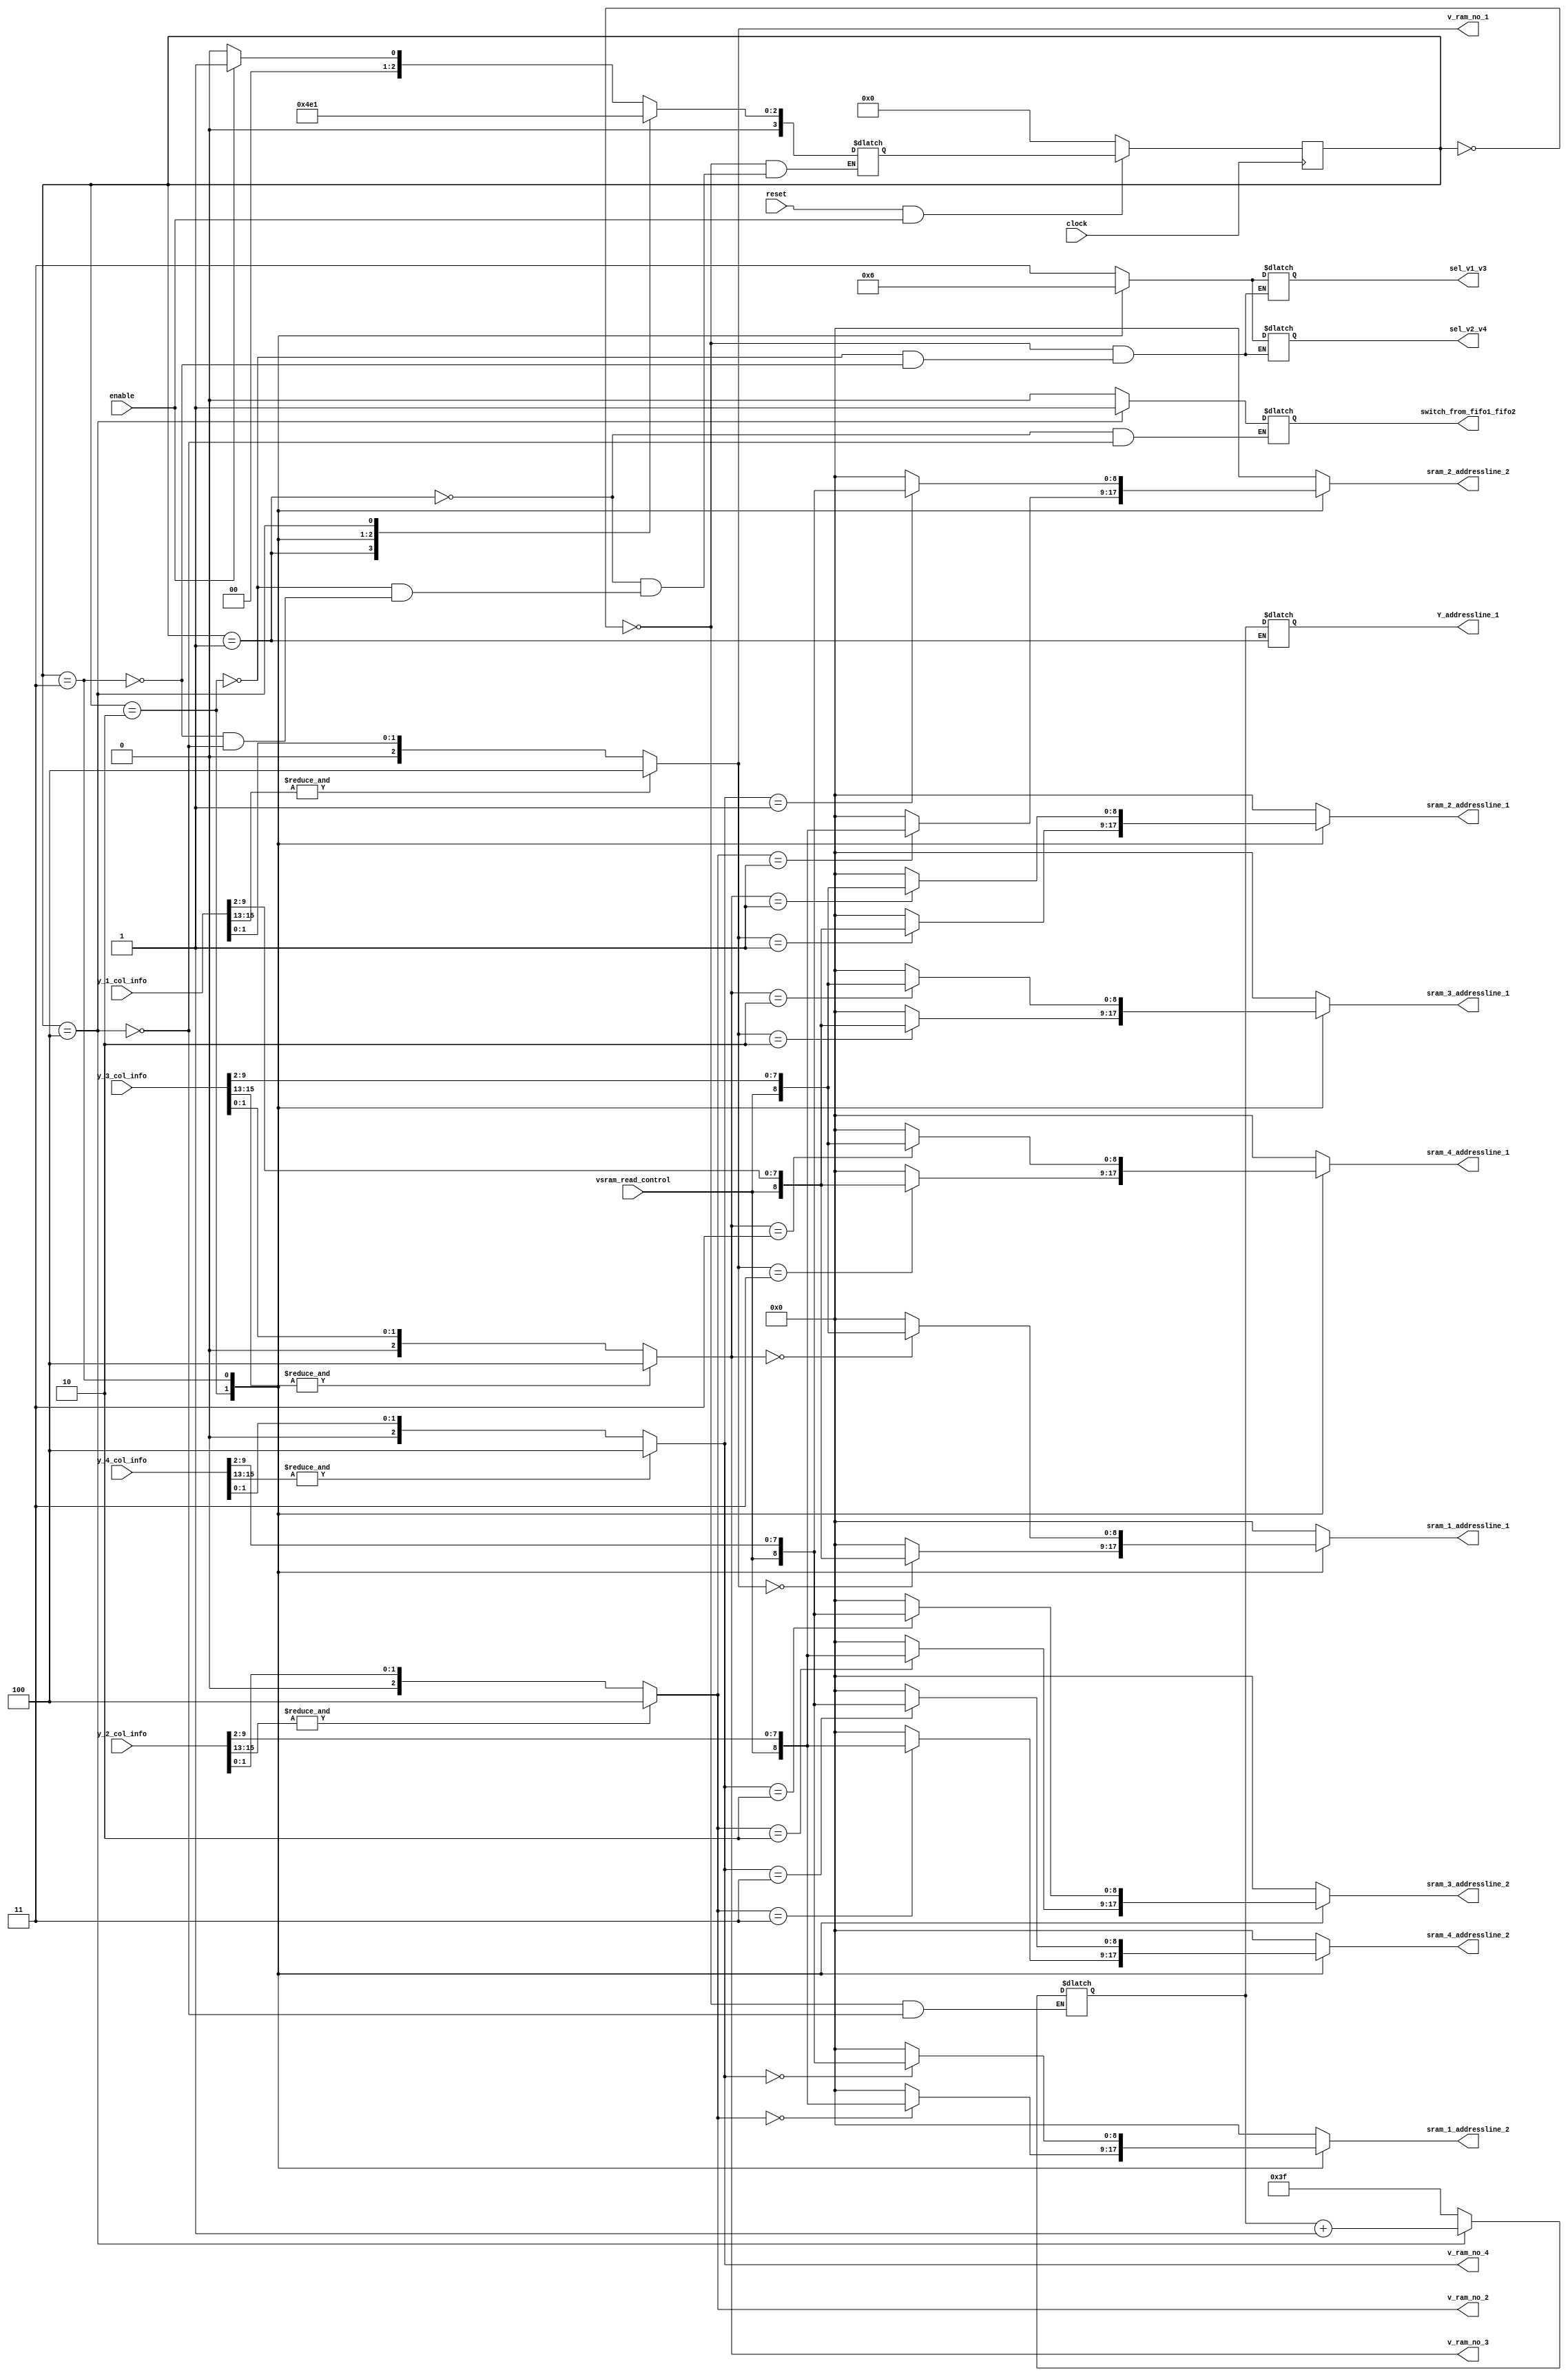
module yv_control(y_1_col_info,y_2_col_info,y_3_col_info,y_4_col_info,
	     sram_1_addressline_1,sram_1_addressline_2,
	     sram_2_addressline_1,sram_2_addressline_2,
	     sram_3_addressline_1,sram_3_addressline_2,
	     sram_4_addressline_1,sram_4_addressline_2,
	     Y_addressline_1,
	     v_ram_no_1, v_ram_no_2, v_ram_no_3, v_ram_no_4,
	      switch_from_fifo1_fifo2,sel_v1_v3,sel_v2_v4,
	    reset,enable,clock,vsram_read_control);	

	

//input [2:0] v_ram_no_1, v_ram_no_2, v_ram_no_3, v_ram_no_4;
//input [ :0] v_column_1, v_column_2, v_column_3, v_column_4,
input clock,reset,enable;
reg [3:0] current_state,next_state;
output reg [ 8:0] sram_1_addressline_1,sram_1_addressline_2,
	     sram_2_addressline_1,sram_2_addressline_2,
	     sram_3_addressline_1,sram_3_addressline_2,
	     sram_4_addressline_1,sram_4_addressline_2;
output reg [10:0] Y_addressline_1;
output reg [1:0] sel_v1_v3,sel_v2_v4;
reg [8:0] address_line_1,address_line_2;
reg [2:0] count;
reg [10:0] row_num;
output reg switch_from_fifo1_fifo2;
input [15:0] y_1_col_info,y_2_col_info,y_3_col_info,y_4_col_info;
output [2:0]  v_ram_no_1, v_ram_no_2, v_ram_no_3, v_ram_no_4;
input vsram_read_control;

wire [2:0] y_1_newrow,y_2_newrow,y_3_newrow,y_4_newrow;
//wire [2:0] v_ram_no_1,v_ram_no_2,v_ram_no_3,v_ram_no_4;
wire [8:0] v_column_1,v_column_2,v_column_3,v_column_4;

assign y_1_newrow = &(y_1_col_info[15:13]);
assign y_2_newrow = &(y_2_col_info[15:13]);
assign y_3_newrow = &(y_3_col_info[15:13]);
assign y_4_newrow = &(y_4_col_info[15:13]);

assign v_ram_no_1 = y_1_newrow? 3'b100:y_1_col_info[1:0];
assign v_column_1 = {vsram_read_control,y_1_col_info[9:2]};

assign v_ram_no_2 = y_2_newrow? 3'b100:y_2_col_info[1:0];
assign v_column_2 = {vsram_read_control,y_2_col_info[9:2]};

assign v_ram_no_3 = y_3_newrow? 3'b100:y_3_col_info[1:0];
assign v_column_3 = {vsram_read_control,y_3_col_info[9:2]};

assign v_ram_no_4 = y_4_newrow? 3'b100:y_4_col_info[1:0];
assign v_column_4 = {vsram_read_control,y_4_col_info[9:2]};





always@(posedge clock)
begin
if(~(reset& enable))
current_state<=3'd0;
else
current_state<=next_state;
end


always@(*)
begin
//next_state=0;
sram_1_addressline_1=9'b0;
sram_1_addressline_2=9'b0;
sram_2_addressline_1=9'b0;
sram_2_addressline_2=9'b0;
sram_3_addressline_1=9'b0;
sram_3_addressline_2=9'b0;
sram_4_addressline_1=9'b0;
sram_4_addressline_2=9'b0;

case(current_state)

3'd0:
begin
	 if(enable) 
	 next_state=3'd1;
	 else 
		begin
		 next_state=3'd0;
		end
	 sel_v1_v3=2'b11;
	 sel_v2_v4=2'b11;
   row_num= 11'd63;
end

3'd1:
begin
Y_addressline_1=row_num;
next_state=3'd2;
switch_from_fifo1_fifo2<=1'b0;
end

3'd2: 
begin
	casex(v_ram_no_1)
	3'b000: sram_1_addressline_1=v_column_1; 
	3'b001: sram_2_addressline_1=v_column_1; 
	3'b010: sram_3_addressline_1=v_column_1; 
        3'b011: sram_4_addressline_1=v_column_1; 
        endcase 

	casex(v_ram_no_2)
	3'b000: sram_1_addressline_2=v_column_2; 
	3'b001: sram_2_addressline_2=v_column_2; 
	3'b010: sram_3_addressline_2=v_column_2; 
        3'b011: sram_4_addressline_2=v_column_2; 
	endcase
sel_v1_v3=2'b01;
sel_v2_v4=2'b01;
 next_state=3'd3;
end

3'd3:
begin

	casex(v_ram_no_3)
	3'b000: sram_1_addressline_1=v_column_3; 
	3'b001: sram_2_addressline_1=v_column_3; 
	3'b010: sram_3_addressline_1=v_column_3; 
        3'b011: sram_4_addressline_1=v_column_3; 
        endcase
        
	casex(v_ram_no_4)
	3'b000: sram_1_addressline_2=v_column_4; 
	3'b001: sram_2_addressline_2=v_column_4; 
	3'b010: sram_3_addressline_2=v_column_4; 
        3'b011: sram_4_addressline_2=v_column_4; 
        endcase
sel_v1_v3=2'b10;
sel_v2_v4=2'b10;
//row_num=row_num+1;
next_state=3'd4;
end

3'd4 : 
begin
	row_num=row_num+1;
	next_state=3'd1;
	switch_from_fifo1_fifo2<=1'b1;
end

endcase
end //end of always@(*)
/*
always@(posedge clock)
begin
	if(~reset) 
	count<=0;
	else if(count==3) 
		begin
		count<=0;
		switch_from_fifo1_fifo2<=1'b1;
		end
	else 
		begin
		count <= count+1;
		switch_from_fifo1_fifo2<=1'b0;
		end

end
*/
endmodule